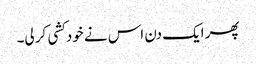
پھر ایک دن اس نے خودکشی کر لی۔